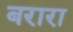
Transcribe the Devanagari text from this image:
बरारा